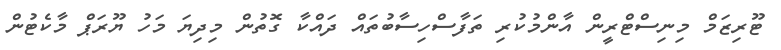
ޓޫރިޒަމް މިނިސްޓްރީން އާންމުކުރި ތަފާސްހިސާބުތައް ދައްކާ ގޮތުން މިދިޔަ މަހު ޔޫރަޕް މާކެޓުން